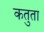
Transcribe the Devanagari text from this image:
कतुता